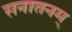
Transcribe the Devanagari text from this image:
सनातनम्